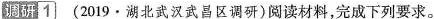
调研1 (2019·湖北武汉武昌区调研)阅读材料，完成下列要求。